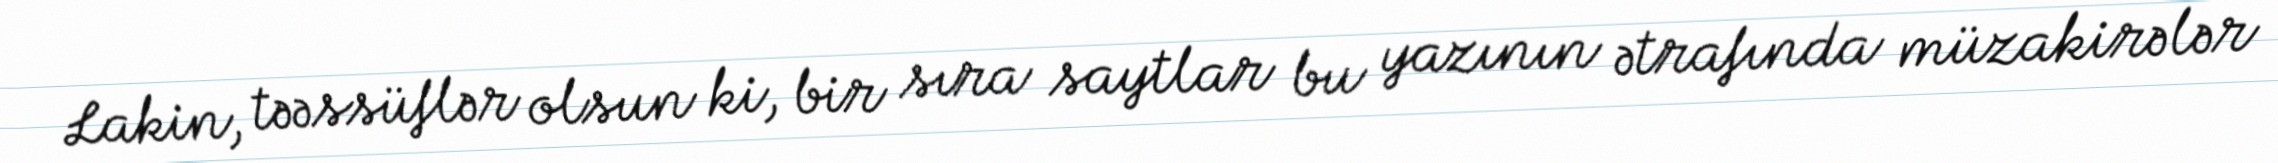
Lakin, təəssüflər olsun ki, bir sıra saytlar bu yazının ətrafında müzakirələr